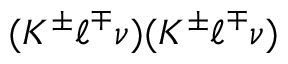
( K ^ { \pm } \ell ^ { \mp } \nu ) ( K ^ { \pm } \ell ^ { \mp } \nu )